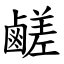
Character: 鹺